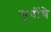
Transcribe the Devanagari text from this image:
सूचींचे